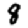
Digit: 8